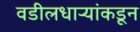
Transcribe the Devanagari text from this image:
वडीलधाऱ्यांकडून